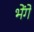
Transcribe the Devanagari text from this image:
भेंगे